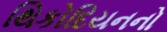
થિકોદિયનનો